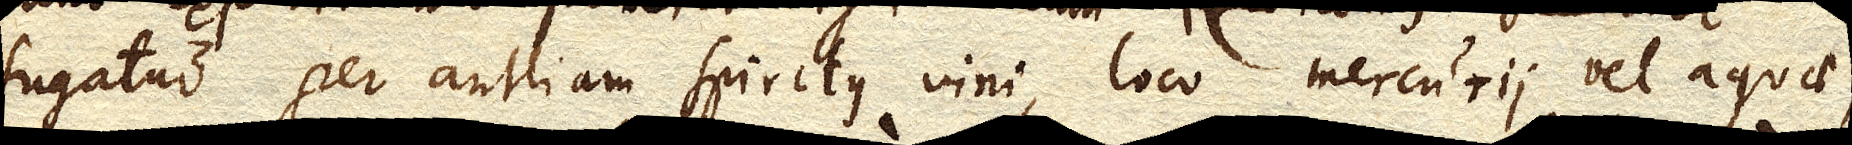
Sugatur per antliam Spiritus vini , loco Mercurii vel aquae,